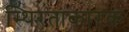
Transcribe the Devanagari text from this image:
स्थिरताकारक